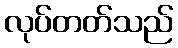
လုပ်တတ်သည်